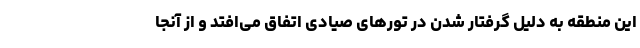
این منطقه به دلیل گرفتار شدن در تورهای صیادی اتفاق می‌افتد و از آنجا